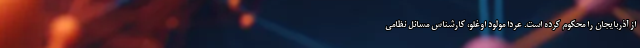
از آذربایجان را محکوم کرده است. عردا مولود اوغلو، کارشناس مسائل نظامی